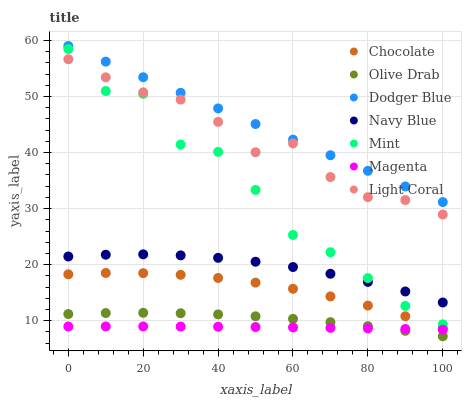
| xaxis_label | Chocolate | Olive Drab | Dodger Blue | Navy Blue | Mint | Magenta | Light Coral |
 | --- | --- | --- | --- | --- | --- | --- | --- |
 | 0 | 18.3 | 11.2 | 59 | 21.5 | 58.5 | 8.97 | 56.6 |
 | 10 | 18.5 | 11.4 | 56.2 | 21.8 | 51 | 8.99 | 53.4 |
 | 20 | 18.5 | 11.4 | 53.4 | 21.8 | 50.5 | 8.98 | 50.7 |
 | 30 | 18.2 | 11.3 | 50.7 | 21.7 | 41.4 | 8.96 | 49.4 |
 | 40 | 17.6 | 11.1 | 47.9 | 21.2 | 40.1 | 8.93 | 45.5 |
 | 50 | 16.8 | 10.8 | 45.1 | 20.5 | 33.3 | 8.88 | 40.1 |
 | 60 | 15.7 | 10.3 | 42.3 | 19.6 | 25.3 | 8.82 | 41.6 |
 | 70 | 14.3 | 9.75 | 39.5 | 18.4 | 22.2 | 8.74 | 35.6 |
 | 80 | 12.7 | 9.04 | 36.7 | 16.9 | 17.6 | 8.64 | 32 |
 | 90 | 10.8 | 8.2 | 34 | 15.2 | 12.6 | 8.53 | 31.5 |
 | 100 | 8.64 | 7.23 | 31.2 | 13.3 | 9.36 | 8.41 | 28.9 |